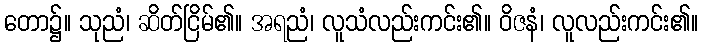
တော၌။ သုညံ၊ ဆိတ်ငြိမ်၏။ အရညံ၊ လူသံလည်းကင်း၏။ ဝိဇနံ၊ လူလည်းကင်း၏။